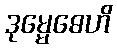
ဒုမ္မေဓေဟိ